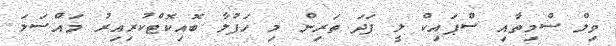
ވިލް ސްމިތާއި ސްޕައިކް ލީ ފަދަ ތަރިން މި ހަފުލާ ބޮއިކޮޓްކުރިއިރު މައްސަލަ